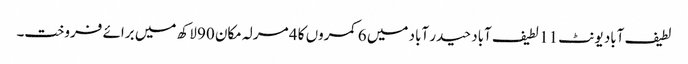
لطیف آباد یونٹ 11 لطیف آباد حیدر آباد میں 6 کمروں کا 4 مرلہ مکان 90 لاکھ میں برائے فروخت۔